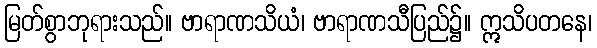
မြတ်စွာဘုရားသည်။ ဗာရာဏသိယံ၊ ဗာရာဏသီပြည်၌။ ဣသိပတနေ၊